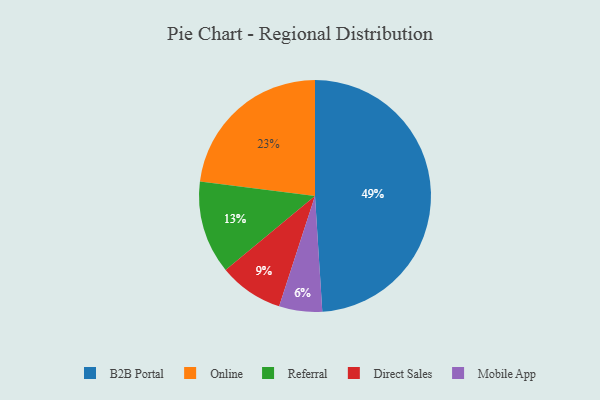
{"axis": {"x": "Category", "y": "Percentage"}, "legend": ["B2B Portal", "Direct Sales", "Mobile App", "Online", "Referral"], "data": [{"x": "Online", "y": 23, "type": "Online"}, {"x": "Referral", "y": 13, "type": "Referral"}, {"x": "Direct Sales", "y": 9, "type": "Direct Sales"}, {"x": "B2B Portal", "y": 49, "type": "B2B Portal"}, {"x": "Mobile App", "y": 6, "type": "Mobile App"}]}